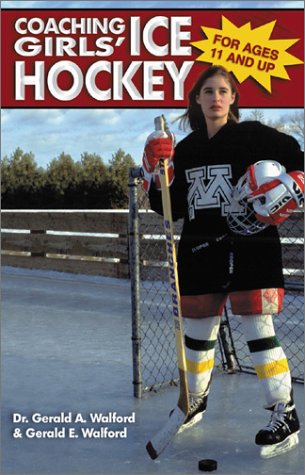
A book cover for Coaching Girls' Ice Hockey; Gerald A. Walford; Sports & Outdoors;